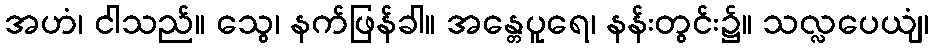
အဟံ၊ ငါသည်။ သွေ၊ နက်ဖြန်ခါ။ အန္တေပူရေ၊ နန်းတွင်း၌။ သလ္လပေယျံ၊